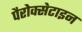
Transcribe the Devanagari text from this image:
पैरोक्सेटाइन